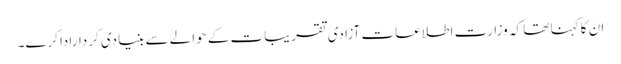
ان کا کہنا تھا کہ وزارت اطلاعات آزادی تقریبات کے حوالے سے بنیادی کرداراداکرے۔